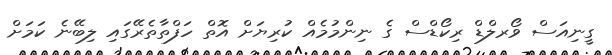
ގީނިއަސް ވޯރލްޑް ރިކޯޑްސް ގެ ނިންމުމެއް ކުރިޔަށް އޮތް ހަފްތާތެރޭގައި ލިބޭނެ ކަމަށް